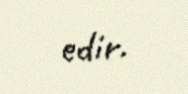
edir.